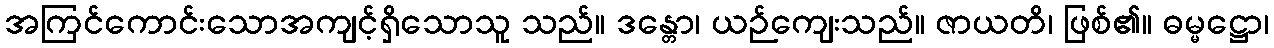
အကြင်ကောင်းသောအကျင့်ရှိသောသူ သည်။ ဒန္တော၊ ယဉ်ကျေးသည်။ ဇာယတိ၊ ဖြစ်၏။ ဓမ္မဋ္ဌော၊